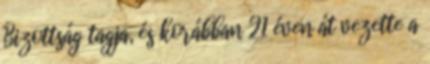
Bizottság tagja, és korábban 21 éven át vezette a